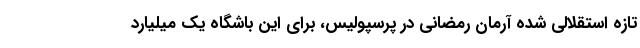
تازه استقلالی شده آرمان رمضانی در پرسپولیس، برای این باشگاه یک میلیارد